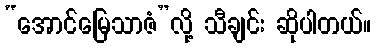
“အောင်မြေသာဇံ”လို့ သီချင်း ဆိုပါတယ်။